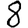
Digit: 8